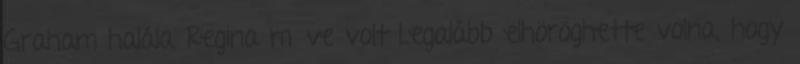
Graham halála Regina műve volt Legalább elhöröghette volna, hogy